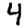
Digit: 4